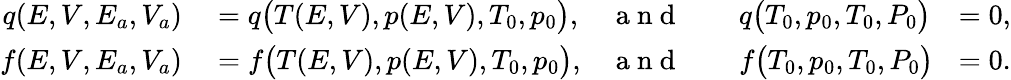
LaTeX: \begin{array}{rlrlr}{q(E,V,E_{a},V_{a})}&{{}=q\big(T(E,V),p(E,V),T_{0},p_{0}\big),}&{\mathrm{~a~n~d~}}&{{}\quad q\big(T_{0},p_{0},T_{0},P_{0}\big)}&{=0,}\\ {f(E,V,E_{a},V_{a})}&{{}=f\big(T(E,V),p(E,V),T_{0},p_{0}\big),}&{\mathrm{~a~n~d~}}&{{}\quad f\big(T_{0},p_{0},T_{0},P_{0}\big)\! }&{=0.}\end{array}